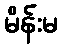
မိန်းမ